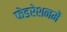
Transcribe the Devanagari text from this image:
फेडरेशनमें